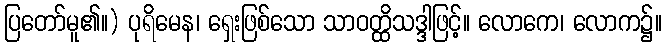
ပြတော်မူ၏။) ပုရိမေန၊ ရှေးဖြစ်သော သာဝတ္ထိသဒ္ဒါဖြင့်။ လောကေ၊ လောက၌။